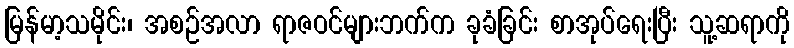
မြန်မာ့သမိုင်း၊ အစဉ်အလာ ရာဇဝင်များဘက်က ခုခံခြင်း စာအုပ်ရေးပြီး သူ့ဆရာကို